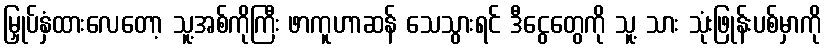
မြှုပ်နှံထားလေတော့ သူ့အစ်ကိုကြီး ဖာကူဟာဆန် သေသွားရင် ဒီငွေတွေကို သူ့ သား သုံးဖြုန်းပစ်မှာကို